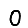
Digit: 0